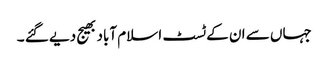
جہاں سے ان کے ٹسٹ اسلام آباد بھیج دیے گئے ۔